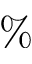
\%